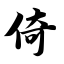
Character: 倚